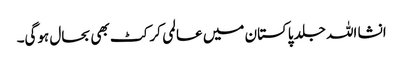
انشا اللہ جلد پاکستان میں عالمی کرکٹ بھی بحال ہوگی۔